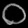
Digit: ၀